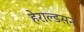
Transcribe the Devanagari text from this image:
हेराल्डसन